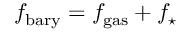
f _ { \mathrm { b a r y } } = f _ { \mathrm { g a s } } + f _ { \star }